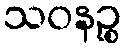
သဝနဉ္စ